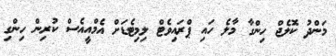
މަންދު ކޮލެޖް ހިންގާ މާލެ ހައި ޕްރައިވެޓް ލިމިޓެޑަށް އެމްއީއެސް ކުރިން ހިންގި